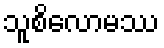
သူစိလောမဿ